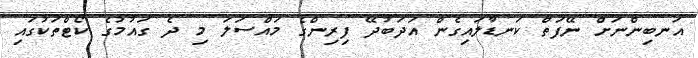
އަނބިންނަށް ނޭފަތް ކަނޑާލައިގެން އަދަބުދޭ ފިރިންގެ މައްސަލަ މި ދެ ގައުމުގެ ކޯޓްތަކުގައި